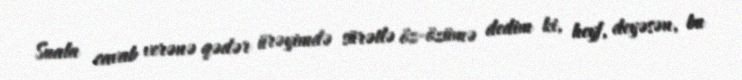
Suala cavab verənə qədər ürəyimdə sürətlə öz-özümə dedim ki, heyf, deyəsən, bu